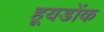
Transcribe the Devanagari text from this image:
हूयडोंक